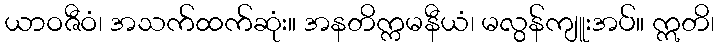
ယာဝဇီဝံ၊ အသက်ထက်ဆုံး။ အနတိက္ကမနီယံ၊ မလွန်ကျူးအပ်။ ဣတိ၊